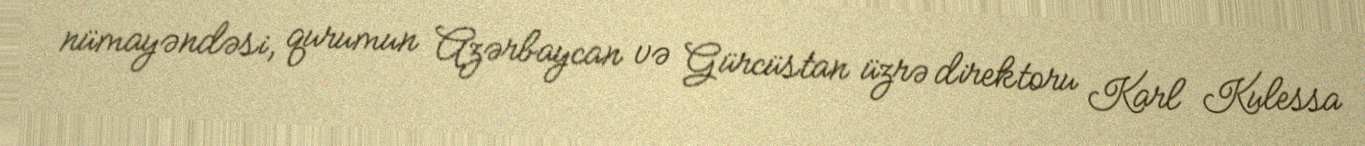
nümayəndəsi, qurumun Azərbaycan və Gürcüstan üzrə direktoru Karl Kulessa